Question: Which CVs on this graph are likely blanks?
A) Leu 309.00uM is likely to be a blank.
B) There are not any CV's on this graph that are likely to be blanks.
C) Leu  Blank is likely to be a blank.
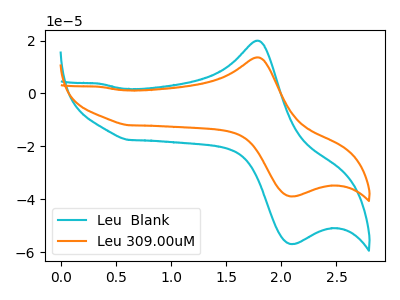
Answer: <think>The cyan curve "Leu  Blank" has an anodic peak at (1.80V, 19.95uA) and a cathodic peak at (2.10V, -56.90uA). The orange curve "Leu 309.00uM" has an anodic peak at (1.80V, 13.65uA) and a cathodic peak at (2.10V, -38.90uA).</think>
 <answer>B) There are not any CV's on this graph that are likely to be blanks.</answer>
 <eval>B</eval>